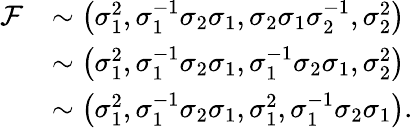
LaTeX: \begin{array}{rl}{{\cal F}}&{\sim\left(\sigma_{1}^{2},\sigma_{1}^{-1}\sigma_{2}\sigma_{1},\sigma_{2}\sigma_{1}\sigma_{2}^{-1},\sigma_{2}^{2}\right)}\\ &{\sim\left(\sigma_{1}^{2},\sigma_{1}^{-1}\sigma_{2}\sigma_{1},\sigma_{1}^{-1}\sigma_{2}\sigma_{1},\sigma_{2}^{2}\right)}\\ &{\sim\left(\sigma_{1}^{2},\sigma_{1}^{-1}\sigma_{2}\sigma_{1},\sigma_{1}^{2},\sigma_{1}^{-1}\sigma_{2}\sigma_{1}\right).}\end{array}